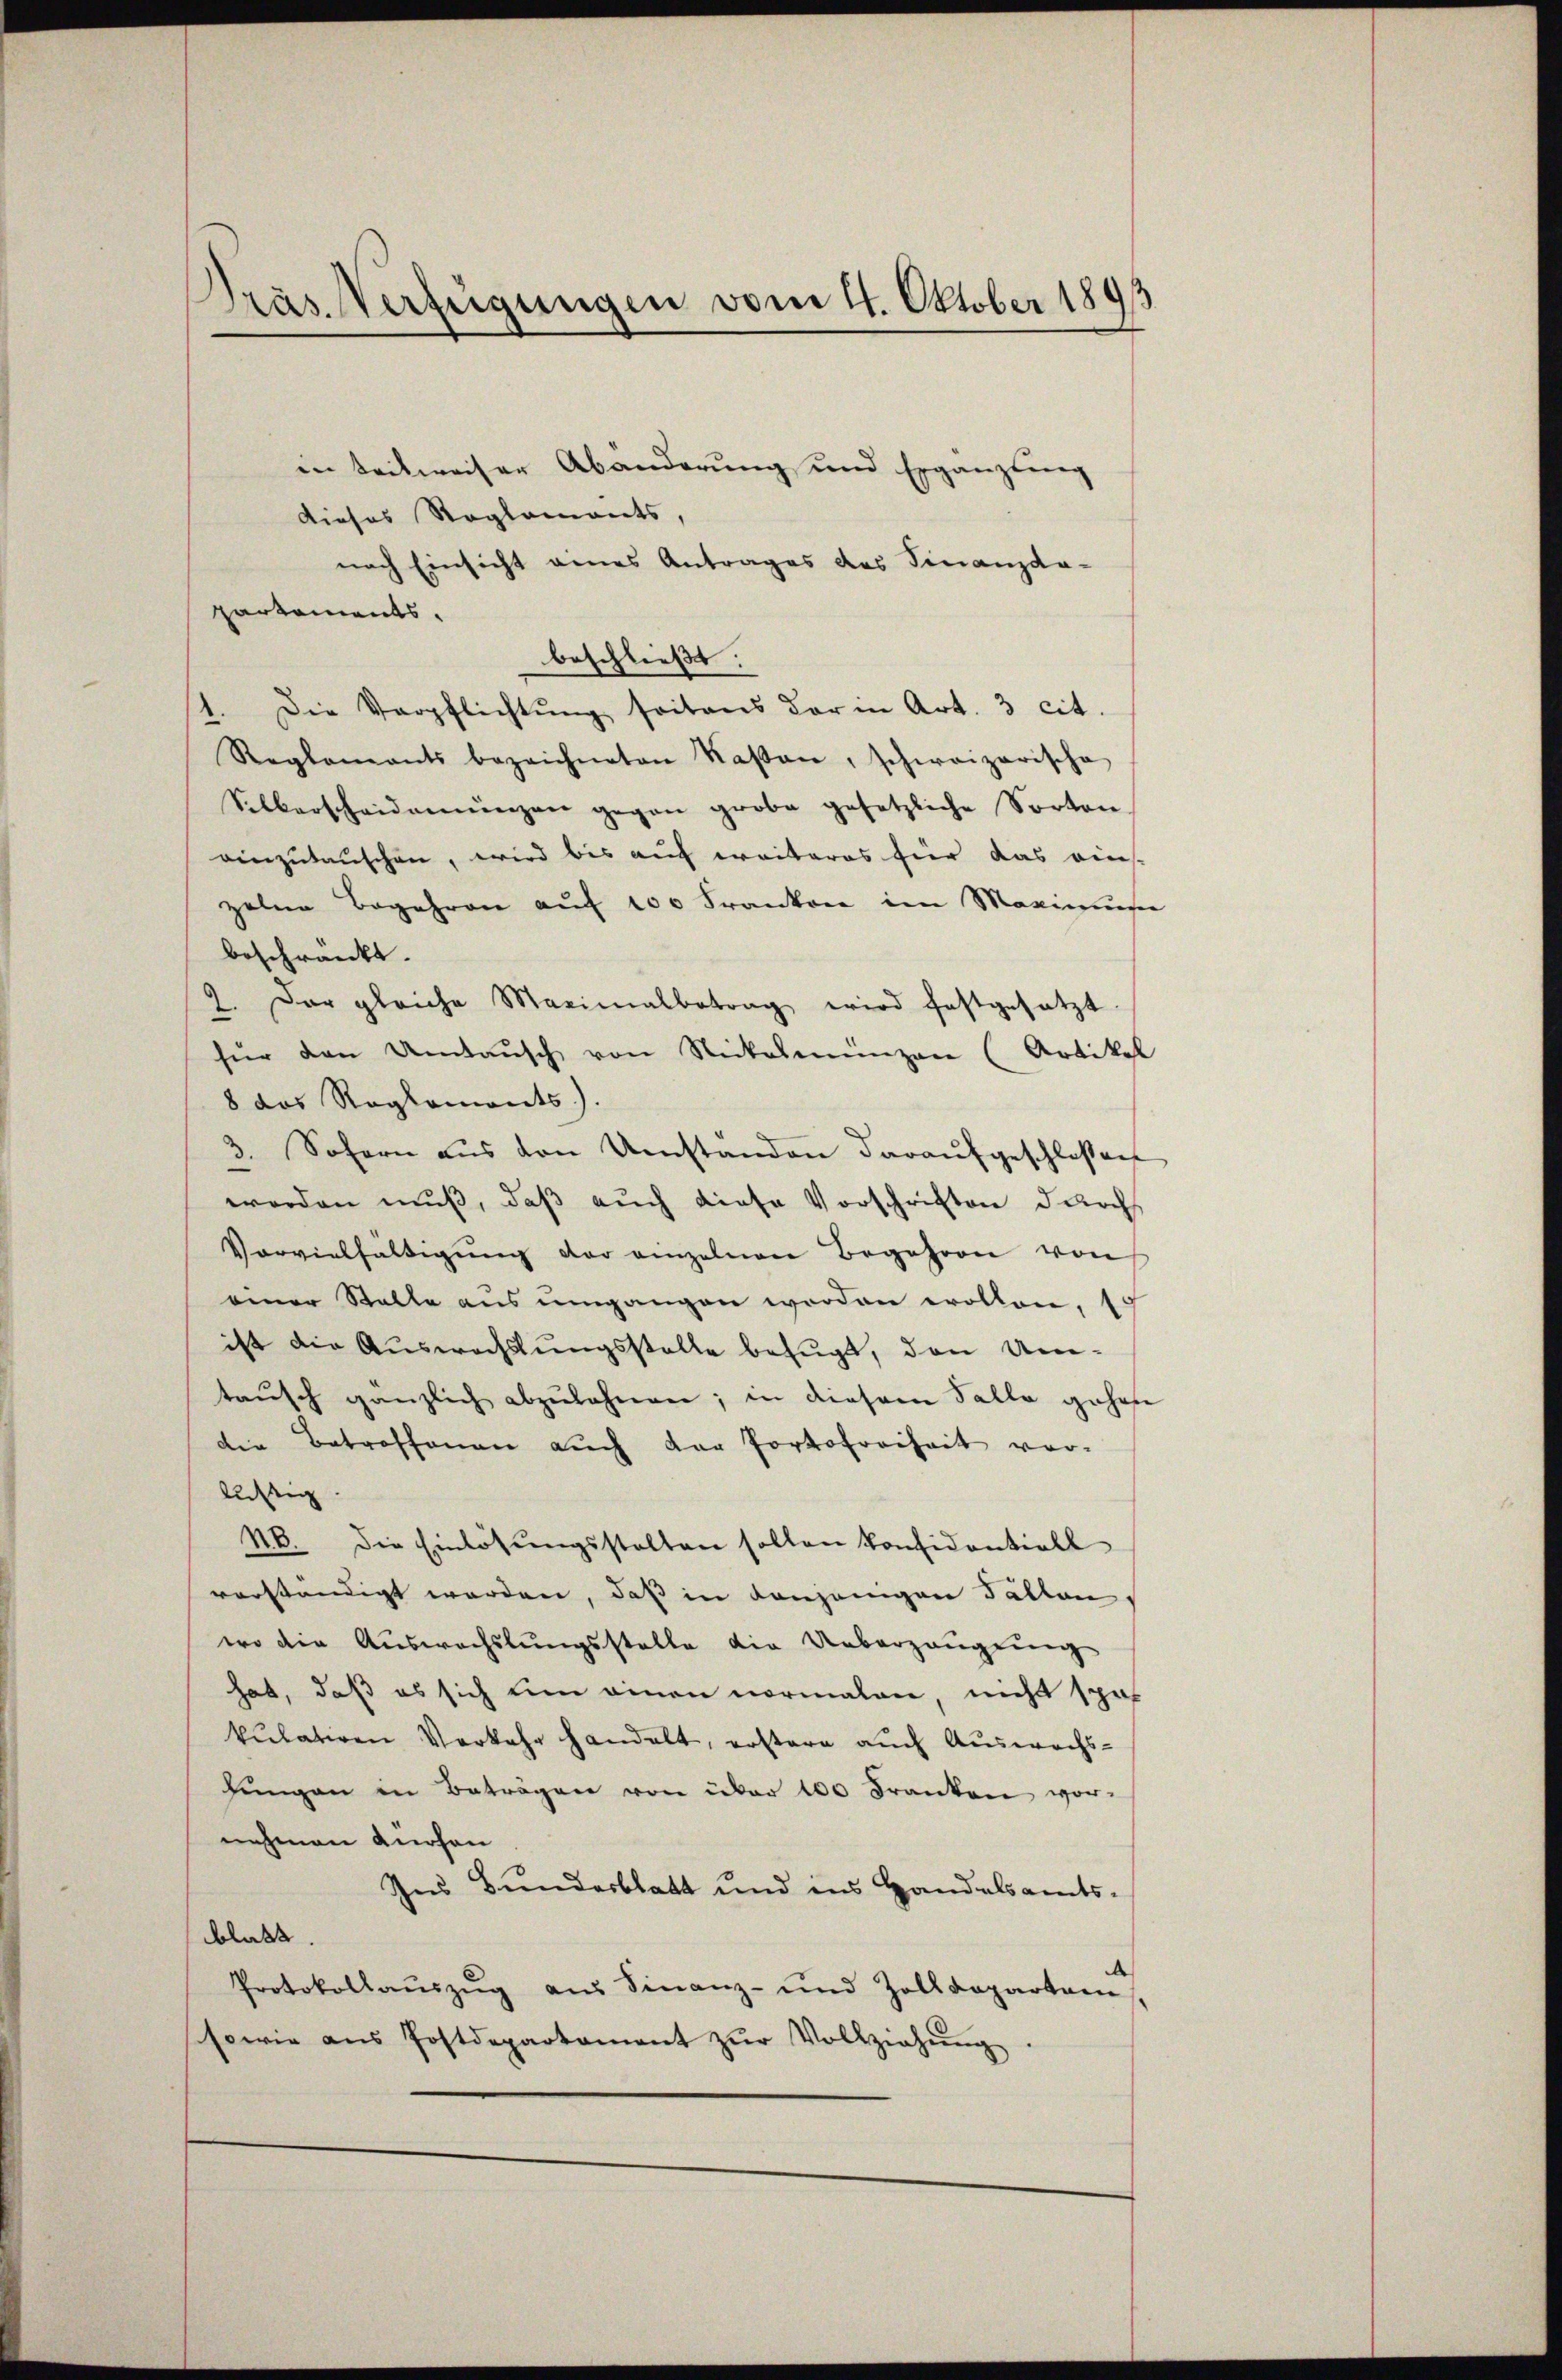
Präs. Verfügungen vom 4. Oktober 1893

in teilweiser Abänderung und Ergänzling
dieses Reglements,
nach Einsicht eines Antrages des Finanzdapartements.
beschließt:
11. Die Verpflichtŭng seitens der in Art. 3 cit
Reglements bezeichneten Kasten, schweizerische
Silberscheidemünzen gegen grobe gesetzliche Sorten
einzutauschen, wird bis auch weiteres für das einszelne Begehren auf 100 Franken im Maximusee
beschränkt.
2
Der gleiche Maximalbetrag wird festgesetzt.
für den Umtaŭsch von Nickelmünzen (Artikel
8 das Reglements)
3. Sofern aŭs den Umstanden daraŭfgeschlossen
worden muß, daß auch diese Vorschriften durch
Vorvielfaltigŭng der einzelnen Begehren von
einer Stalle aus umgangen worden wollen, 10
ist die Auswechslungsstelle befugt, den Umtaŭsch gänzlich abzŭlahnen; in diesem Falle gehen
die Betroffenen auch der Portofreiheit vor-
lästig
NB. Die Einlösŭngsstalten sollen konfidentiell
vorständigt worden, daß in denjenigen Tallen,
wo die Auswechslungsstelle die Ueberzeugung
hat, daß es sich ein einen vormalen, nicht spät
kulativen Verkehr handelt, erstere auch Auswachshŭngen in Beträgen von über 100 Franken vor-
nehmen dürfen
Ins Bundesblatt und ins Handelsamts-
blatt.
Protokollaŭszŭg aŭs Finanz- und Zolldeparteme,
sowie ans Postdepartament zŭr Vollziehŭng.